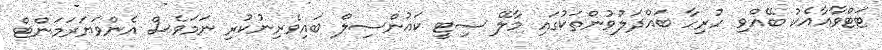
ޓަޓްވާއާއެކު ބޭއްވި ހުރިހާ ބައްދަލުވުންތަކުގައި މާލޭ ސިޓީ ކައުންސިލް ބައިވެރިނުކުރި ނަމަވެސް އެންވަޔަރަމަންޓް